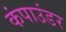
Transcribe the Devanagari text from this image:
कंपाउंडर